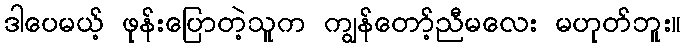
ဒါပေမယ့် ဖုန်းပြောတဲ့သူက ကျွန်တော့်ညီမလေး မဟုတ်ဘူး။